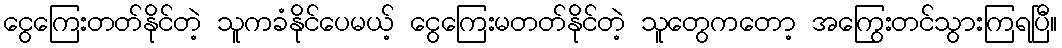
ငွေကြေးတတ်နိုင်တဲ့ သူကခံနိုင်ပေမယ့် ငွေကြေးမတတ်နိုင်တဲ့ သူတွေကတော့ အကြွေးတင်သွားကြရပြီ။